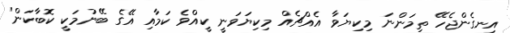
އިނގެންޖެހޭ ތިމަންނަ މިކިޔަވާ އެއްޗެއް މިކިޔަވަނީ ކީއްވެ ކަމާއި އޭގެ ބޭނުމަކީ ކޮބާކަން"